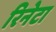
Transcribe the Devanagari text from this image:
रिनेटा